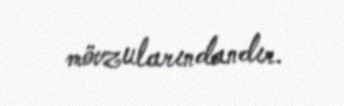
mövzularındandır.